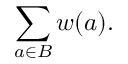
\sum _ { a \in B } w ( a ) .